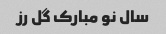
سال نو مبارک گل رز